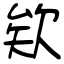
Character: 欸